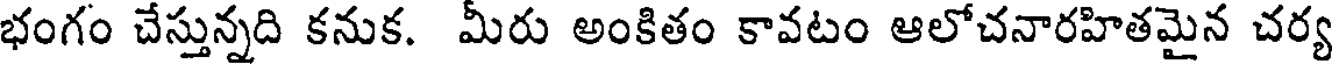
భంగం చేస్తున్నది కనుక. మీరు అంకితం కావటం ఆలోచనారహితమైన చర్య